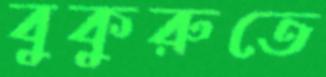
বুকুরুতে